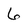
Character: 6